Vital statistics of India. Vol. IV, Annual returns from 1871 to 1876. British Army of India, Native Army and jails of Bengal
Year: 1871
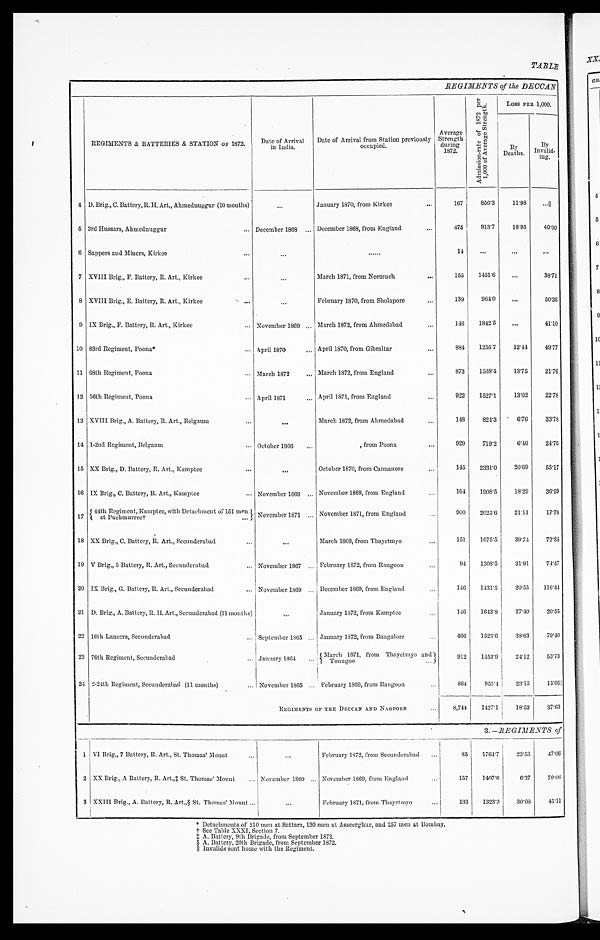
TABLE
REGIMENTS of the DECCAN
REGIMENTS & BATTE
BATTERIES & STATION OF 1872.
Date of Arrival
in India.
Date of Arrival from Station previously
occupied.
Average
Strength
during
1872.
A d m i s s i o n - r a t e o f 1 8 7 2 p e r 1 , 0 0 0 o f A v e r a g e S t r e n g t h .
Loss PER 1,000.
By
Deaths.
By
Invalid-
ing.
4 D. Brig., C. Battery, R. H. Art., Ahmednuggur (10 months)
...
January 1870, from Kirkee
...
167
856.3
11.98 ...║
5 3rd Hussars, Ahmednuggur
... December 1868 ... December 1868, from England
...
475
913.7
18.95
40.00
6 Sappers and Miners, Kirkee
..
...
...
14
... ...
...
7 XVIII Brig., F. Battery, R. Art., Kirkee
...
...
March 1871, from Neemuch
...
155
1451.6 ...
38.71
8 XVIII Brig., E. Battery, R. Art., Kirkee
..
...
February 1870, from Sholapore
...
139
964.0
...
50.36
9 IX Brig., F. Battery, R. Art., Kirkee ...
November 1869 ... March 1872, from Ahmedabad
...
146 1842.5
...
41.10
10 83rd Regiment, Poona*
... April 1870 ... April 1870, from Gibraltar
...
884 1255.7
12.44
49.77
11 68th Regiment, Poona ...
March 1872 ... March 1872, from England
...
873
1538.4
13.75
21.76
12 56th Regiment, Poona
... April 1871 ... April 1871, from England
...
922 1527.1
13.02
22.78
13 XVIII Brig., A. Battery, R. Art., Belgaum
...
...
March 1872, from Ahmedabad ...
148
824.3
6.76
33.78
14 1-2nd Regiment, Belgaum ...
October 1866 ...
from Poona
...
929
719.2
6.46
24.76
15 XX Brig., D. Battery, R. Art., Kamptee
..
...
October 1870, from Cannanore
...
145 2331.0
20.69
55.17
16 IX Brig., C. Battery, R. Art., Kamptee
... November 1869 ... November 1869, from England
...
164
1908.5
18.29
36.59
17 44th Regiment, Kamptee, with Detachment 151 men at Puchmurree†
... November 1871 ...
November 1871, from England
...
900 2025.6
21.11
17.78
18 XX Brig., C. Battery, R. Art., Secunderabad
...
...
March 1868, from Thayetmyo ...
151
1675.5
39.74
72.85
19 V Brig., 5 Battery, R. Art., Secunderabad ... November 1867 ... February 1872, from Rangoon
94 1308.5
31.91
74.47
20 IX Brig., G. Battery, R. Art., Secunderabad
... November 1869 ... December 1869, from England
...
146
1431.5
20.55
116.44
21 D. Brig., A. Battery, R. H. Art., Secunderabad (11 months)
...
1872, from Kamptee
146
1643.8
27.40
20.55
22 16th Lancers, Secunderabad
... September 1865 ... January 1872, from Bangalore
466
1523.6
38.63
79.40
23 76th Regiment, Secunderabad
... January 1864 ... March 1871, from Thayetmyo and Toungoo
912
1453.9
24.12
53.73
24 2-24th Regiment, Secunderabad (11 months) ... November 1865 . . . February 1869, from Rangoon ...
864
951.4
23.15
15.05║
REGIMENTS OF THE DECCAN AND NAGPORR ...
8,744
1427.1
18.53
37.63
3. — REGIMENTS of
1 VI Brig., 7 Battery, R. Art., St. Thomas’ Mount...
...
February 1872, from Secunderabad ...
85
1764.7
23.53
47.06
2 XX Brig., A Battery, R. Art.,‡ St. Thomas’ Mount ... November 1869 ... November 1869, from England ...
157 1407.6
6.37
70.06
3 XXIII Brig., A. Battery, R. Art.,§ St. Thomas’ Mount ...
...
February 1871, from Thayetmyo
...
133
1323.3
30.08
45.11
* Detachments of 210 men at Sattara, 130 men at Asseerghur, and 257 men at Bombay.
† See Table XXXI, Section 7.
A. Battery, 9th Brigade, from September 1872.
§ A. Battery, 20th Brigade, from September 1872.
║ Invalids sent home with the Regiment.